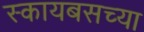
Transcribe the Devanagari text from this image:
स्कायबसच्या